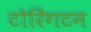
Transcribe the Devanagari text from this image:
टोरिंगटन